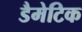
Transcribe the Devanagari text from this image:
डैमेटिक